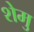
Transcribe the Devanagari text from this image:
शेमु